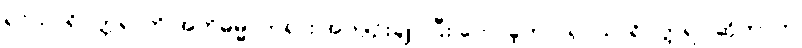
ရှင်သာရိပုတ္တရာကို အဘိဓမ္မာတရား အကျဉ်းချုပ်ပြီး ဟောခဲ့တာ၊ ရှင်သာရိပုတ္တရာ ဆိုတာက